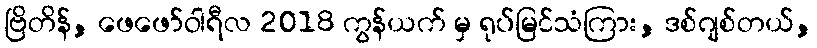
ဗြိတိန်, ဖေဖော်ဝါရီလ 2018 ကွန်ယက် မှ ရုပ်မြင်သံကြား, ဒစ်ဂျစ်တယ်,